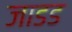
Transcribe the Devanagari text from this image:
जाडड